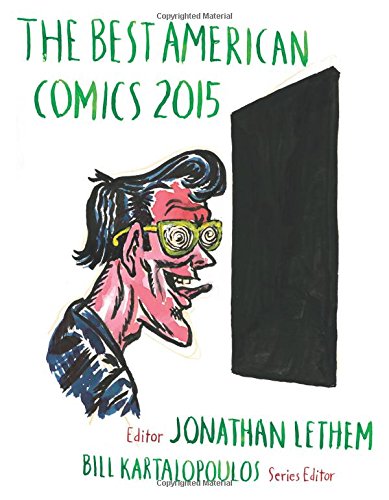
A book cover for The Best American Comics 2015; Comics & Graphic Novels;